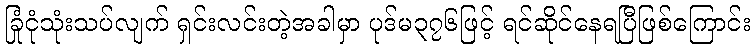
ခြုံငုံသုံးသပ်လျက် ရှင်းလင်းတဲ့အခါမှာ ပုဒ်မ၃၇၆ဖြင့် ရင်ဆိုင်နေရပြီဖြစ်ကြောင်း